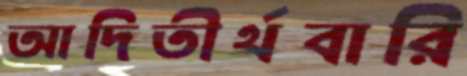
আদিতীর্থবারি